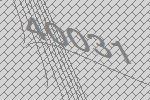
40031